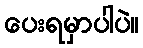
ပေးရမှာပါပဲ။